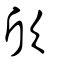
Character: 欣